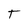
Character: T